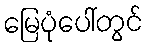
မြေပုံပေါ်တွင်